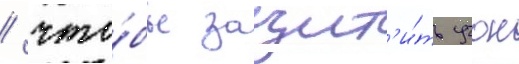
/ что́бы защит'и́ть учок